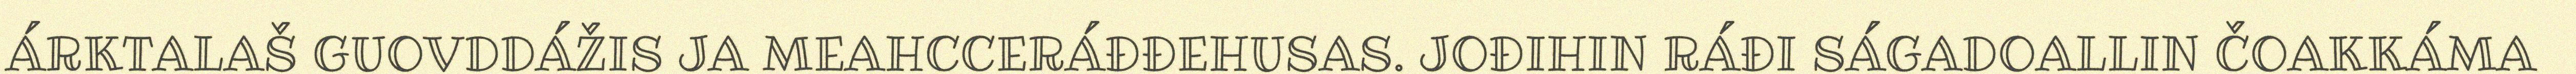
ÁRKTALAŠ GUOVDDÁŽIS JA MEAHCCERÁĐĐEHUSAS. JOĐIHIN RÁĐI SÁGADOALLIN ČOAKKÁMA